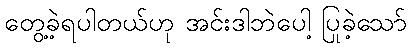
တွေ့ခဲ့ရပါတယ်ဟု အင်းဒါဘဲပေါ့ ပြုခဲ့သော်